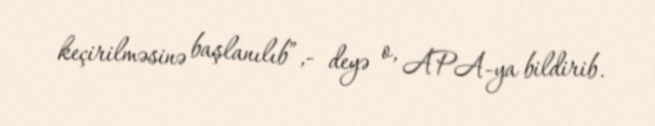
keçirilməsinə başlanılıb”,- deyə o, APA-ya bildirib.